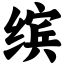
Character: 缤